Annual administration and progress report of the Indian Medical Department, Bombay
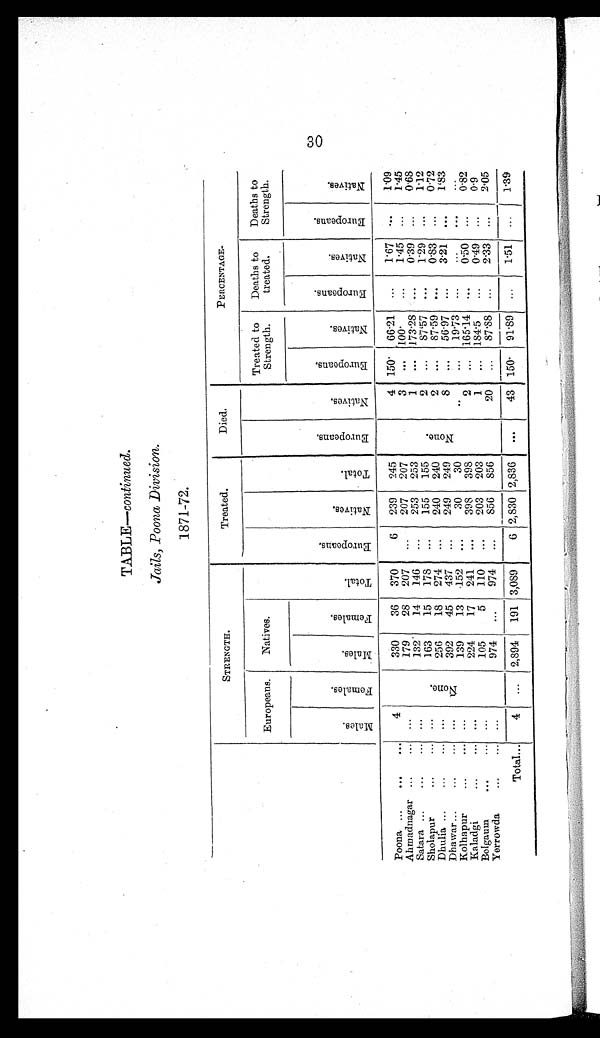
TABLE— continued.
Jails, Poona Division.
1871-72.
STRENGTH.
Treated.
Died.
P E R C E N T A G E .
Europeans.
Natives.
T o t a l .
E u r o p e a n s .
N a t i v e s .
T o t a l .
E u r o p e a n s .
N a t i v e s .
Treated to
Strength.
Deaths to
treated.
Deaths to
Strength.
M a l e s .
F e m a l e s .
M a l e s .
F e m a l e s .
E u r o p e a n s .
N a t i v e s .
E u r o p e a n s .
N a t i v e s .
E u r o p e a n s .
N a t i v e s .
Poona ...
...
...
4
Ñ o n e .
330
36 370
6 239 245
N o n e .
4 150. 66.21 ...
1.67
. . . 1.09
Ahmadnagar ...
... ...
179
28 207 ...
207 207
3 ... 100.
...
1.45 ...
1.45
Satara ...
...
... ...
132
14 146 ...
253 253
1 ... 173.28 ...
0.39 ...
0.68
Sholapur
...
... ...
163
15 178 ...
155 155
2 ... 87'57 ...
1.29 ...
1.12
Dhulia ...
...
... ...
256
18 274 ...
240 240
2 ... 87.59 ...
0.83 ...
0.72
Dhawar ...
...
. . . ...
392
45 437 ...
249 249
8 ... 56.97 ...
3.21 ...
1'83
Kolhapur
...
...
. . .
139
13 152 ...
30
30
..
... 19.73
. . . ...
... ...
Kaladgi
...
... ...
224
17 241 ...
398 398
2 ... 165.14 . . .
0.50 ...
0.82
Belgaum
...
... ...
105
5 110 ...
203 203
1 ... 184.5 ...
0.49 ...
0.9
Yerrowda
...
... ...
974 ...
974 ...
856 856
20 ... 87.88 ...
2.33 ...
2.05
Total...
4 ... 2,894 191 3,089
6 2,830 2,836 ...
43 150. 91.89 ...
1.51
. . . 1.39
30